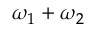
\omega _ { 1 } + \omega _ { 2 }